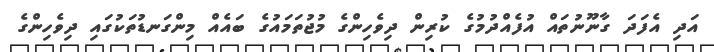
އަދި އެފަދަ ގާނޫނުތައް އުފެއްދުމުގެ ކުރިން ދިވެހިންގެ މުޖުތަމައުގެ ބައެއް މިންގަނޑުތަކުގައި ދިވެހިންގެ